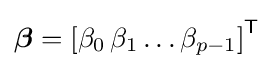
{\boldsymbol {\beta }}=\left[\beta _{0}\,\beta _{1}\dots \beta _{p-1}\right]^{\mathsf {T}}